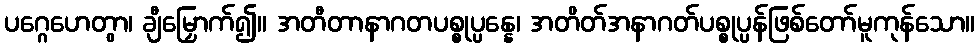
ပဂ္ဂေဟေတွာ၊ ချီမြှောက်၍။ အတီတာနာဂတပစ္စုပ္ပန္နေ၊ အတိတ်အနာဂတ်ပစ္စုပ္ပန်ဖြစ်တော်မူကုန်သော။